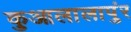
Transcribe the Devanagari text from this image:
कुआलालापुंर